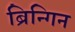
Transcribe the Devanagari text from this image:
ब्रिन्गिन